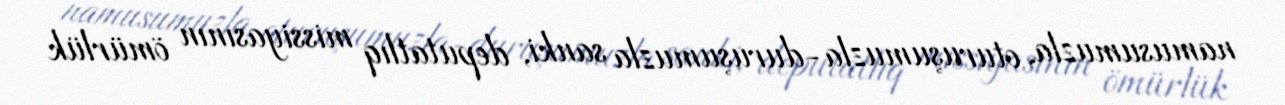
namusumuzla, oturuşumuzla-duruşumuzla sanki, deputatlıq missiyasının ömürlük